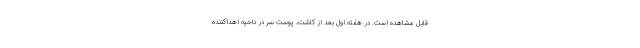
قابل مشاهده است. در هفته اول بعد از کاشت، پوست سر در ناحیه اهداکننده